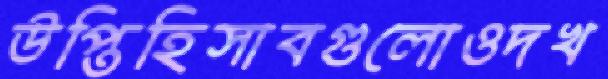
উপ্তিহিসাবগুলোওদখ